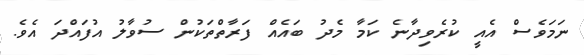
ނަމަވެސް އެއީ ކުރެވިދާނެ ކަމާ މެދު ބައެއް ފަރާތްތަކުން ސުވާލު އުފައްދަ އެވެ.